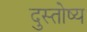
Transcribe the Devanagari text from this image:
दुस्तोष्य